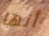
أنها